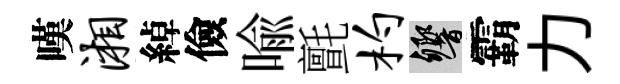
嘆湘綽儉喻氈杓響霸力